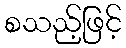
စသည့်ဖြင့်